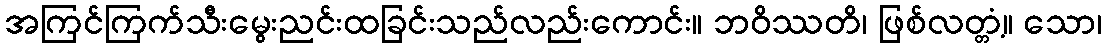
အကြင်ကြက်သီးမွေးညင်းထခြင်းသည်လည်းကောင်း။ ဘဝိဿတိ၊ ဖြစ်လတ္တံ့။ သော၊